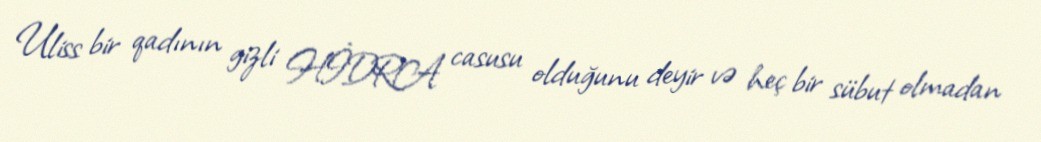
Uliss bir qadının gizli HİDRA casusu olduğunu deyir və heç bir sübut olmadan